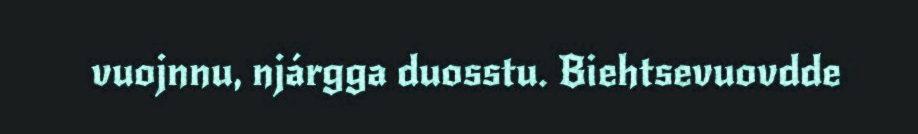
vuojnnu, njárgga duosstu. Biehtsevuovdde